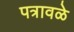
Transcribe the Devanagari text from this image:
पत्रावळे